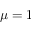
\mu = 1